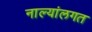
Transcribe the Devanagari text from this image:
नाल्यांलगत